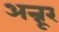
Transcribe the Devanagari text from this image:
अन्नूर